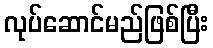
လုပ်ဆောင်မည်ဖြစ်ပြီး